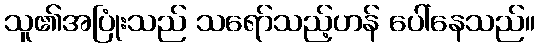
သူ၏အပြုံးသည် သရော်သည့်ဟန် ပေါ်နေသည်။